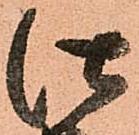
仕